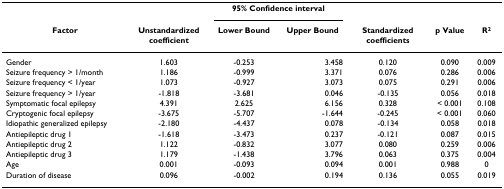
|  |  | <COLSPAN=2> 95% Confidence interval |  |  |  |
 | Factor | Unstandardized coefficient | Lower Bound | Upper Bound | Standardized coefficients | p Value | R2 |
 | --- | --- | --- | --- | --- | --- | --- |
 | Gender | 1.603 | -0.253 | 3.458 | 0.120 | 0.090 | 0.009 |
 | Seizure frequency > 1/month | 1.186 | -0.999 | 3.371 | 0.076 | 0.286 | 0.006 |
 | Seizure frequency < 1/year | 1.073 | -0.927 | 3.073 | 0.075 | 0.291 | 0.006 |
 | Seizure frequency > 1/year | -1.818 | -3.681 | 0.046 | -0.135 | 0.056 | 0.018 |
 | Symptomatic focal epilepsy | 4.391 | 2.625 | 6.156 | 0.328 | < 0.001 | 0.108 |
 | Cryptogenic focal epilepsy | -3.675 | -5.707 | -1.644 | -0.245 | < 0.001 | 0.060 |
 | Idiopathic generalized epilepsy | -2.180 | -4.437 | 0.078 | -0.134 | 0.058 | 0.018 |
 | Antiepileptic drug 1 | -1.618 | -3.473 | 0.237 | -0.121 | 0.087 | 0.015 |
 | Antiepileptic drug 2 | 1.122 | -0.832 | 3.077 | 0.080 | 0.259 | 0.006 |
 | Antiepileptic drug 3 | 1.179 | -1.438 | 3.796 | 0.063 | 0.375 | 0.004 |
 | Age | 0.001 | -0.093 | 0.094 | 0.001 | 0.988 | 0 |
 | Duration of disease | 0.096 | -0.002 | 0.194 | 0.136 | 0.055 | 0.019 |